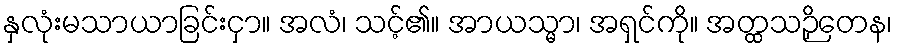
နှလုံးမသာယာခြင်းငှာ။ အလံ၊ သင့်၏။ အာယသ္မာ၊ အရှင်ကို။ အတ္ထသဉှိတေန၊